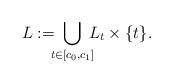
LaTeX: \begin{align*}L:=\!\!\!\bigcup_{t\in[c_0,c_1]}\!\!\! L_t\times\{t\}.\end{align*}